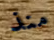
منذ